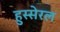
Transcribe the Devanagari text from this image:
हुस्सेरल